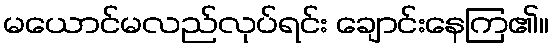
မယောင်မလည်လုပ်ရင်း ချောင်းနေကြ၏။